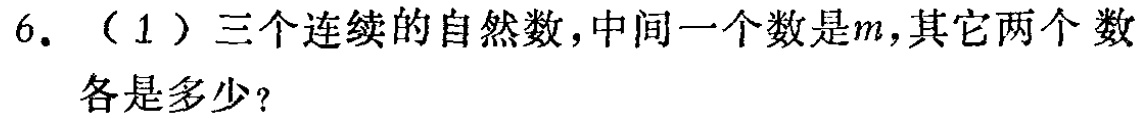
6. （1）三个连续的自然数，中间一个数是\(m\)，其它两个数各是多少？